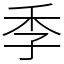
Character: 季